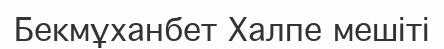
Бекмұханбет Халпе мешіті